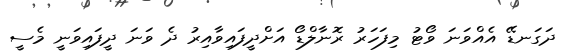
ދަގަނޑޭ އެއްވަނަ ވޯޓު މިފަހަރު ރޮނާލްޑޯ އަށްދީފައިވާއިރު ދެ ވަނަ ދީފައިވަނީ މެސީ